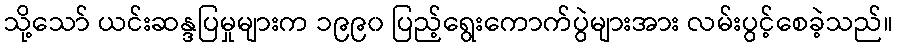
သို့သော် ယင်းဆန္ဒပြမှုများက ၁၉၉၀ ပြည့်ရွေးကောက်ပွဲများအား လမ်းပွင့်စေခဲ့သည်။